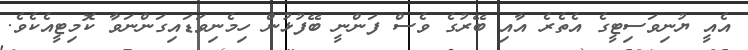
އެއީ ޔުނިވަސިޓީގެ އެތެރެ އާއި ބޭރުގެ ވެސް ފަންނީ ބޭފުޅުން ހިމެނިވަޑައިގަންނަވާ ކޮމިޓީއެކެވެ.